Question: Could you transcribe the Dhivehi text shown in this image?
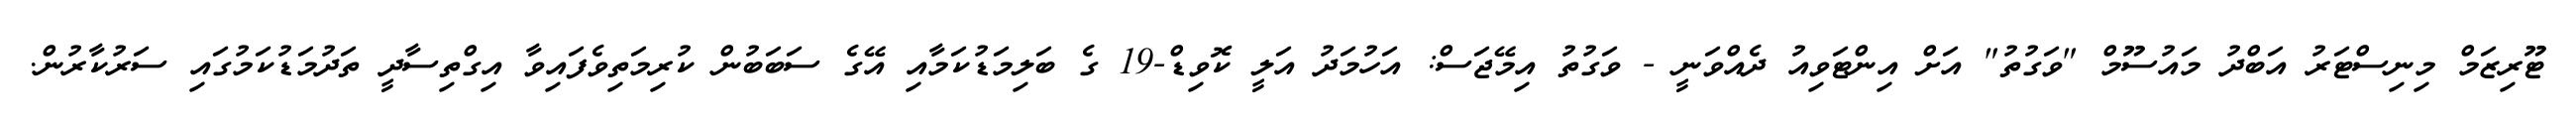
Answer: ޓޫރިޒަމް މިނިސްޓަރު އަބްދު މައުސޫމް "ވަގުތު" އަށް އިންޓަވިއު ދެއްވަނީ - ވަގުތު އިމޭޖަސް: އަހުމަދު އަލީ ކޮވިޑް-19 ގެ ބަލިމަޑުކަމާއި އޭގެ ސަބަބުން ކުރިމަތިވެފައިވާ އިގްތިސާދީ ތަދުމަޑުކަމުގައި ސަރުކާރުން.